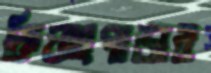
কিয়াংপাড়ার